Travelling and other expenses of members of Education Authorities, Committees, &c., 1928
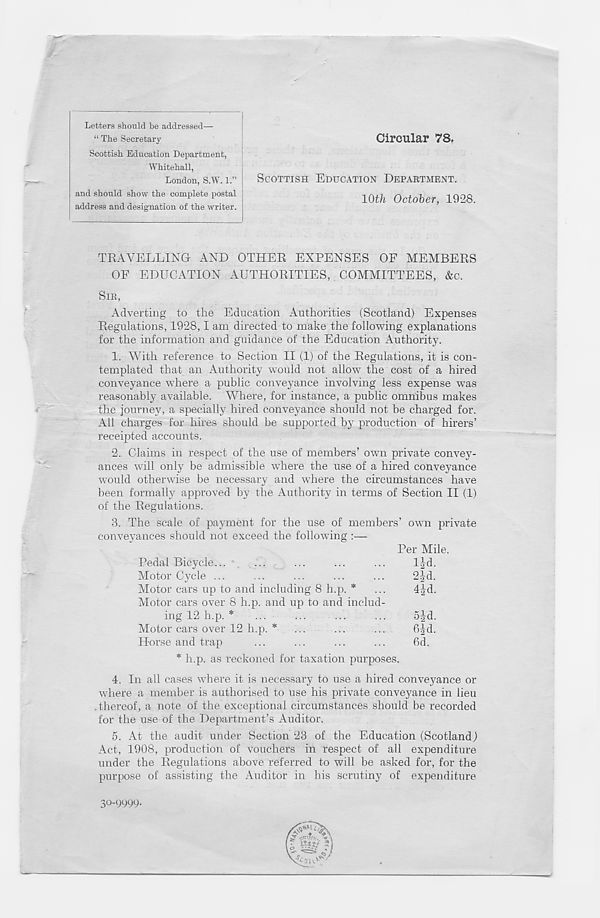
Letters should be addressed—
“ The Secretary
Scottish Education Department,
Whitehall,
London, S.W. 1.”
and should show the complete postal
address and designation of the writer.
Circular 78.
SCOTTISH EDUCATION DEPARTMENT.
10th October, 1928.
TRAVELLING AND OTHER EXPENSES OF MEMBERS
OF EDUCATION AUTHORITIES, COMMITTEES, &c.
SIR,
Adverting to the Education Authorities (Scotland) Expenses
Regulations, 1928,1 am directed to make the following explanations
for the information and guidance of the Education Authority.
1. With reference to Section II (1) of the Regulations, it is con-
templated that an Authority would not allow the cost of a hired
conveyance where a public conveyance involving less expense was
reasonably available. Where, for instance, a public omnibus makes
the journey, a specially hired conveyance should not be charged for.
All charges for hires should be supported by production of hirers’
receipted accounts.
2. Claims in respect of the use of members’ own private convey-
ances will only be admissible where the use of a hired conveyance
would otherwise be necessary and where the circumstances have
been formally approved by the Authority in terms of Section II (1)
of the Regulations.
3. The scale of payment for the use of members’ own private
conveyances should not exceed the following :—
Per Mile.
Pedal Bicycle...
...
...
...
...
IJd.
Motor Cycle ...
...
...
...
...
2|-d.
Motor cars up to and including 8 h.p. * ...
4Jd.
Motor cars over 8 h.p. and up to and includ-
ing 12 h.p. *
...
...
...
...
5jd.
Motor cars over 12 h.p. * ...
...
...
6-|d.
Horse and trap
...
...
...
...
6d.
* h.p. as reckoned for taxation purposes.
4. In all cases where it is necessary to use a hired conveyance or
where a member is authorised to use his private conveyance in lieu
.thereof, a note of the exceptional circumstances should be recorded
for the use of the Department’s Auditor.
5. At the audit under Section 23 of the Education (Scotland)
Act, 1908, production of vouchers in respect of all expenditure
under the Regulations above referred to will be asked for, for the
purpose of assisting the Auditor in his scrutiny of expenditure
30-9999.